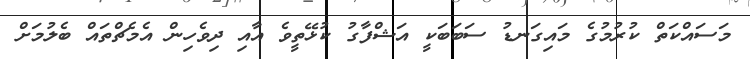
މަސައްކަތް ކުރުމުގެ މައިގަނޑު ސަބަބަކީ އަޝްފާގު ކުޅޭތީވެ އާއި ދިވެހިން އެމެޗްތައް ބެލުމަށް